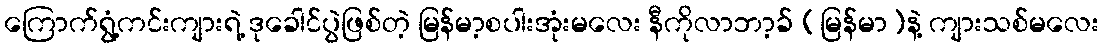
ကြောက်ရွံ့ကင်းကျားရဲ့ ဒုခေါင်ပွဲဖြစ်တဲ့ မြန်မာ့စပါးအုံးမလေး နီကိုလာဘာ့ခ် (မြန်မာ)နဲ့ ကျားသစ်မလေး